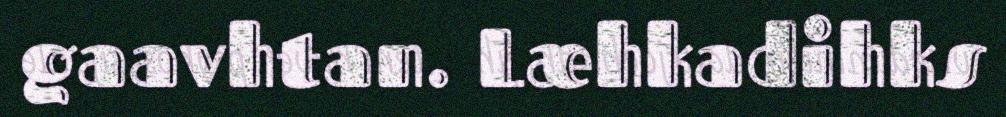
gaavhtan. Læhkadihks